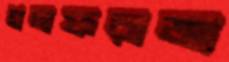
গলফরাজ্য